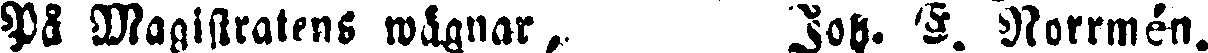
På Magistratens wägnar, Joh. E. Norrmén.